Report on the lunatic asylums under the Government of Bombay - 1904-1913
Year: 1904
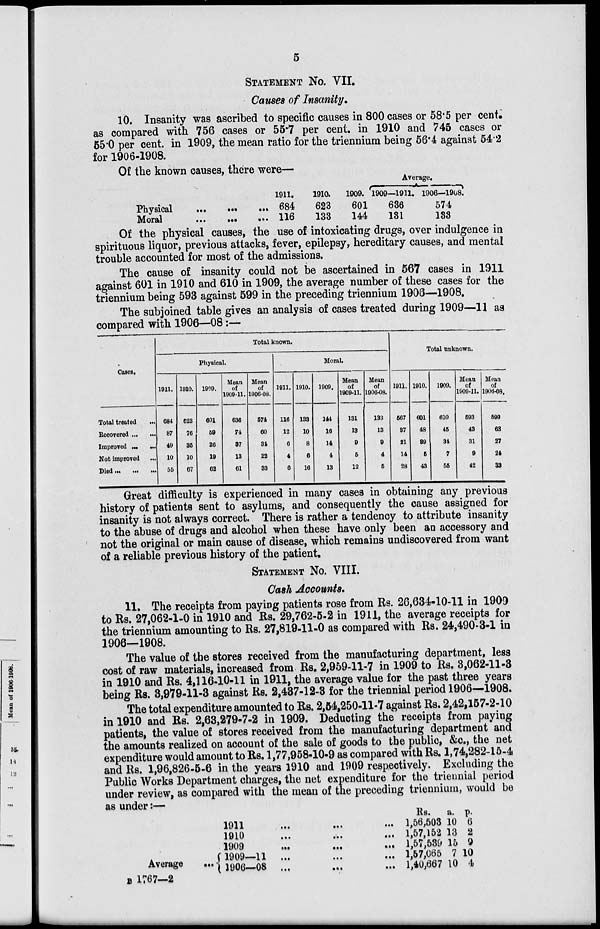
5
STATEMENT No. VII.
Causes of Insanity.
10. Insanity was ascribed to specific causes in 800 cases or 58.5 per cent.
as compared with 756 cases or 55.7 per cent. in 1910 and 745 cases or
55.0 per cent. in 1909, the mean ratio for the triennium being 56.4 against 54.2
for 1906-1908.
Of the known causes, there were—
Physical
...
...
...
Moral
...
...
...
1911.
684
116
1910.
623
133
1909.
601
144
Average.
1909—1911.
636
131
1906—1908.
574
133
Of the physical causes, the use of intoxicating drugs, over indulgence in
spirituous liquor, previous attacks, fever, epilepsy, hereditary causes, and mental
trouble accounted for most of the admissions.
The cause of insanity could not be ascertained in 567 cases in 1911
against 601 in 1910 and 610 in 1909, the average number of these cases for the
triennium being 593 against 599 in the preceding triennium 1906—1908.
The subjoined table gives an analysis of cases treated during 1909—11 as
compared with 1906—08:—
Cases.
Total treated
...
Recovered ... ...
Improved ... ...
Not improved ...
Died ... ... ...
Total known.
Physical.
1911.
684
87
49
10
55
1910.
623
76
35
10
67
1909.
601
59
26
19
62
Mean
of
1909-11.
636
74
37
13
61
Mean
of
1906-08.
574
60
34
22
33
Moral.
1911.
116
12
6
4
6
1910.
133
10
8
6
16
1909.
144
16
14
4
13
Mean
of
1909-11.
131
13
9
5
12
Mean
of
1906-08.
133
13
9
4
5
Total unknown.
1911.
567
37
21
14
28
1910.
601
48
39
5
43
1909.
610
45
34
7
55
Mean
of
1909-11.
593
43
31
9
42
Mean
of
1906.08.
599
63
27
24
33
Great difficulty is experienced in many cases in obtaining any previous
history of patients sent to asylums, and consequently the cause assigned for
insanity is not always correct. There is rather a tendency to attribute insanity
to the abuse of drugs and alcohol when these have only been an accessory and
not the original or main cause of disease, which remains undiscovered from want
of a reliable previous history of the patient.
STATEMENT No. VIII.
Cash Accounts.
11. The receipts from paying patients rose from Rs. 26,634-10-11 in 1909
to Rs. 27,062-1-0 in 1910 and Rs. 29,762-5-2 in 1911, the average receipts for
the triennium amounting to Rs. 27,819-11-0 as compared with Rs. 24,490-3-1 in
1906—1908.
The value of the stores received from the manufacturing department, less
cost of raw materials, increased from Rs. 2,959-11-7 in 1909 to Rs. 3,062-11-3
in 1910 and Rs. 4,116-10-11 in 1911, the average value for the past three years
being Rs. 3,979-11-3 against Rs. 2,437-12-3 for the triennial period 1906—1908.
The total expenditure amounted to Rs. 2,54,250-11-7 against Rs. 2,42,157-2-10
in 1910 and Rs. 2,63,279-7-2 in 1909. Deducting the receipts from paying
patients, the value of stores received from the manufacturing department and
the amounts realized on account of the sale of goods to the public, &c., the net
expenditure would amount to Rs. 1,77,958-10-9 as compared with Rs. 1,74,282-15-4
and Rs. 1,96,826-5-6 in the years 1910 and 1909 respectively. Excluding the
Public Works Department charges, the net expenditure for the triennial period
under review, as compared with the mean of the preceding triennium, would be
as under:—
Average
...
1911
...
...
...
1910 ... ... ...
1909
...
...
...
1909—11 ... ... ...
1906—08 ... ... ...
Rs.
1,56,503
1,57,152
1,57,539
1,57,065
1,40,667
a.
10
13
15
7
10
p.
6
2
9
10
4
B 1767—2